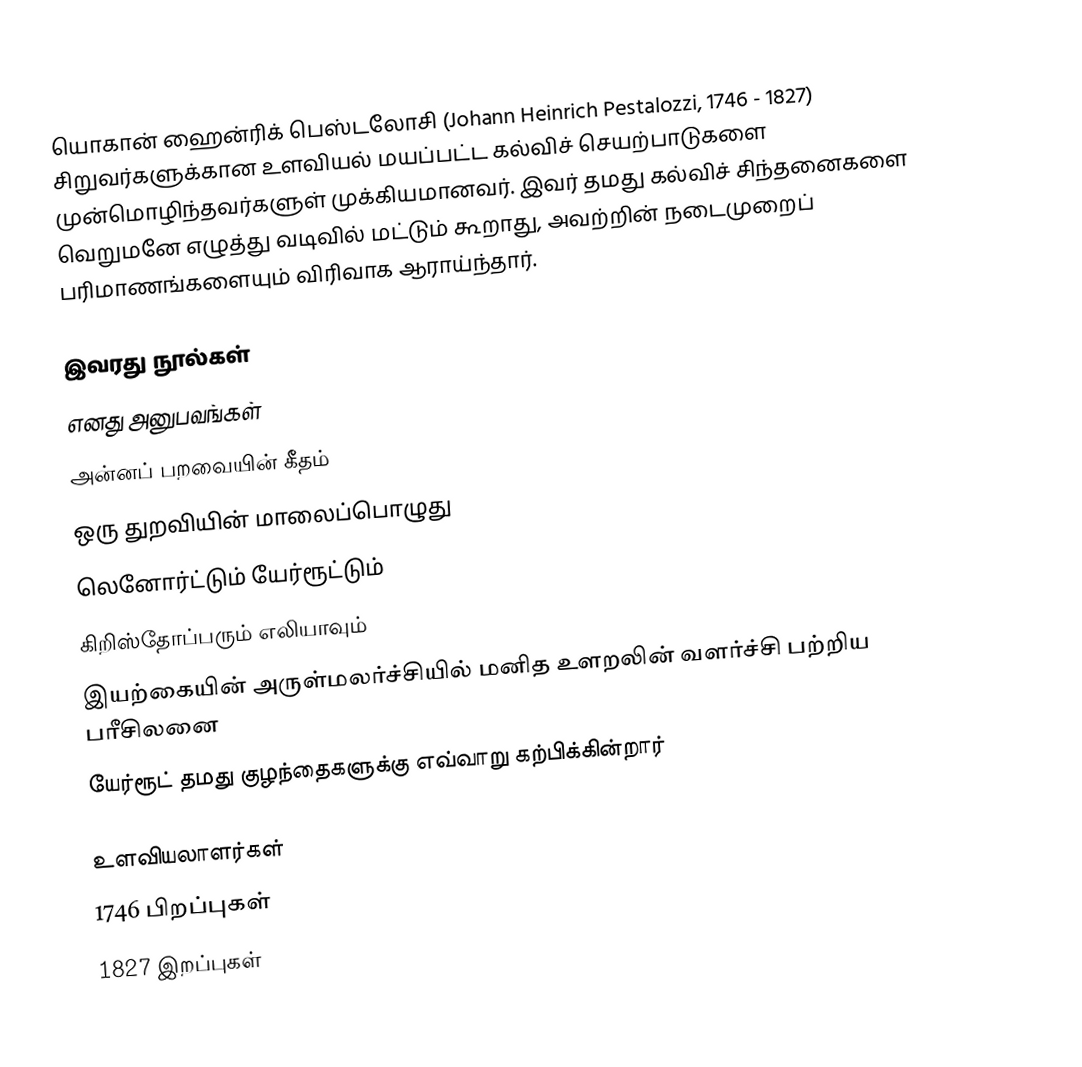
யொகான் ஹைன்ரிக் பெஸ்டலோசி (Johann Heinrich Pestalozzi, 1746 - 1827) சிறுவர்களுக்கான உளவியல் மயப்பட்ட கல்விச் செயற்பாடுகளை முன்மொழிந்தவர்களுள் முக்கியமானவர். இவர் தமது கல்விச் சிந்தனைகளை வெறுமனே எழுத்து வடிவில் மட்டும் கூறாது, அவற்றின் நடைமுறைப் பரிமாணங்களையும் விரிவாக ஆராய்ந்தார்.

இவரது நூல்கள்
 எனது அனுபவங்கள்
 அன்னப் பறவையின் கீதம்
 ஒரு துறவியின் மாலைப்பொழுது
 லெனோர்ட்டும் யேர்ரூட்டும்
 கிறிஸ்தோப்பரும் எலியாவும்
 இயற்கையின் அருள்மலர்ச்சியில் மனித உளறலின் வளர்ச்சி பற்றிய பரீசிலனை
 யேர்ரூட் தமது குழந்தைகளுக்கு எவ்வாறு கற்பிக்கின்றார்

உளவியலாளர்கள்
1746 பிறப்புகள்
1827 இறப்புகள்